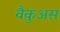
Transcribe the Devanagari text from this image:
वैकुअस